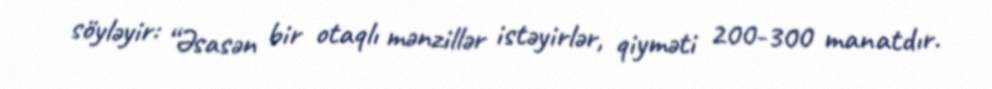
söyləyir: “Əsasən bir otaqlı mənzillər istəyirlər, qiyməti 200-300 manatdır.